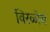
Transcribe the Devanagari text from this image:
विरळीच